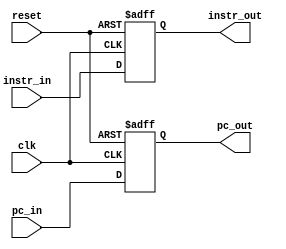
module IF_ID(
    input clk, reset,
    input [31:0] instr_in, pc_in,
    output reg [31:0] instr_out, pc_out
);
    always @(posedge clk or posedge reset) begin
        if (reset) begin
            instr_out <= 32'b0;
            pc_out <= 32'b0;
        end else begin
            instr_out <= instr_in;
            pc_out <= pc_in;
        end
    end
endmodule